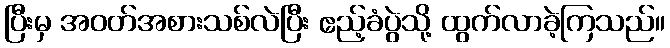
ပြီးမှ အဝတ်အစားသစ်လဲပြီး ဧည့်ခံပွဲသို့ ထွက်လာခဲ့ကြသည်။